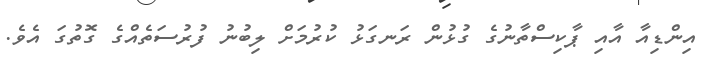
އިންޑިއާ އާއި ޕާކިސްތާނުގެ ގުޅުން ރަނގަޅު ކުރުމަށް ލިބުނު ފުރުސަތެއްގެ ގޮތުގަ އެވެ.